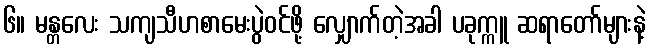
၆။ မန္တလေး သကျသီဟစာမေးပွဲဝင်ဖို့ လျှောက်တဲ့အခါ ပခုက္ကူ ဆရာတော်များနဲ့